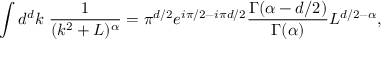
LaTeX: \int d ^ { d } k \ \frac { 1 } { ( k ^ { 2 } + L ) ^ { \alpha } } = \pi ^ { d / 2 } e ^ { i \pi / 2 - i \pi d / 2 } \frac { \Gamma ( \alpha - d / 2 ) } { \Gamma ( \alpha ) } L ^ { d / 2 - \alpha } ,